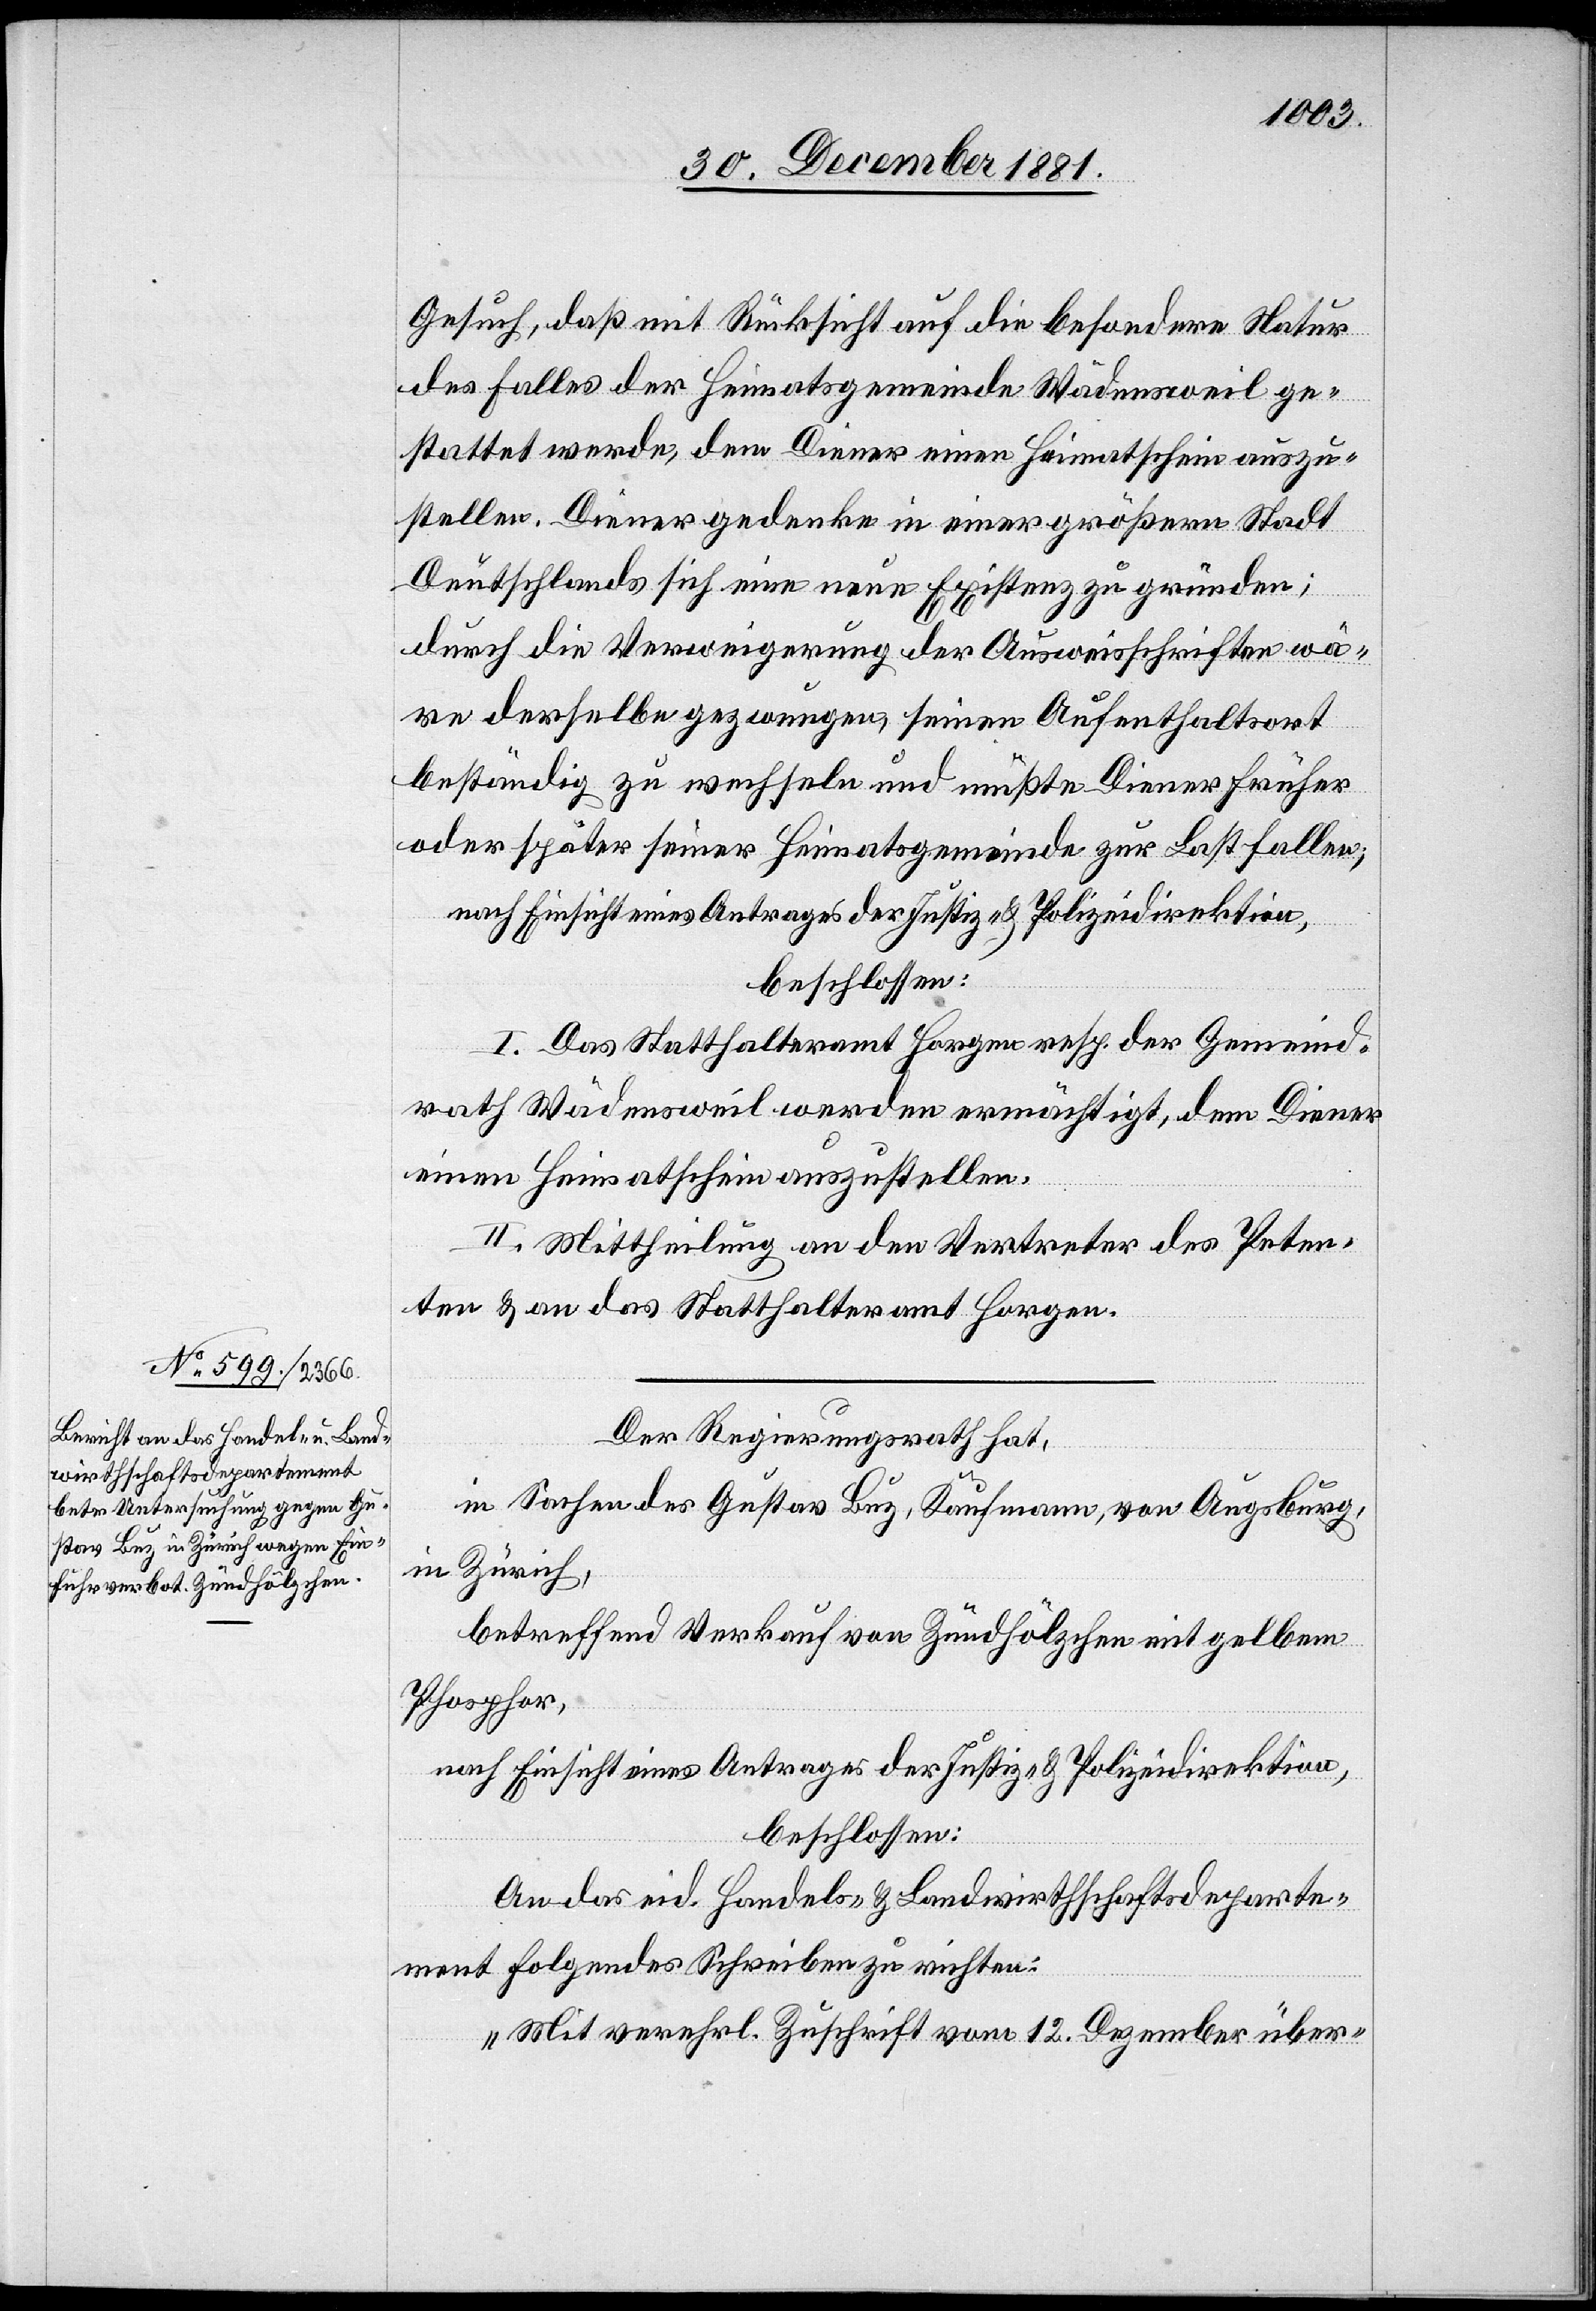
Gesuch, daß mit Rücksicht auf die besondere Natur
des Falles der Heimatgemeinde Wädensweil ge¬
stattet werde, dem Diener einen Heimatschein auszu¬
stellen. Diener gedenke in einer größern Stadt
Deutschlands sich eine neue Existenz zu gründen;
durch die Verweigerung der Ausweisschriften wä¬
re derselbe gezwungen, seinen Aufenthaltsort
beständig zu wechseln und müßte Diener früher
oder später seiner Heimatsgemeinde zur Last fallen;
nach Einsicht eines Antrages der Justiz- & Polizeidirektion,
beschlossen:
I. Das Statthalteramt Horgen resp. der Gemeind¬
rath Wädensweil werden ermächtigt, dem Diener
einen Heimatschein auszustellen.
II. Mittheilung an den Vertreter des Peten¬
ten & an das Statthalteramt Horgen.
Der Regierungsrath hat,
in Sachen des Gustav Luz, Kaufmann, von Augsburg,
in Zürich,
betreffend Verkauf von Zündhölzchen mit gelbem
Phosphor,
nach Einsicht eines Antrages der Justiz- & Polizeidirektion,
beschlossen:
An das eid. Handels- & Landwirthschaftsdeparte¬
ment folgendes Schreiben zu richten:
„Mit verehrl. Zuschrift vom 12. Dezember über-